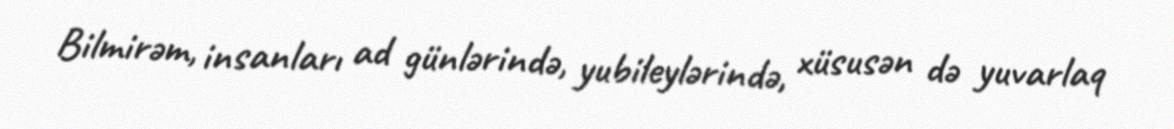
Bilmirəm, insanları ad günlərində, yubileylərində, xüsusən də yuvarlaq